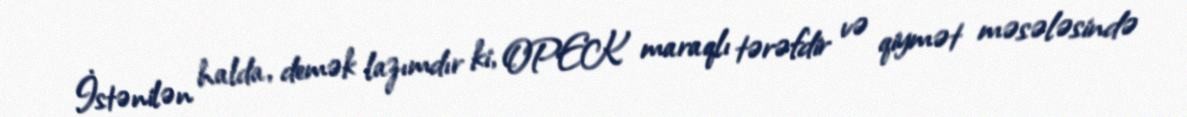
İstənilən halda, demək lazımdır ki, OPEK maraqlı tərəfdir və qiymət məsələsində